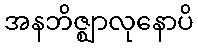
အနဘိဇ္ဈာလုနောပိ